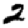
Digit: 2